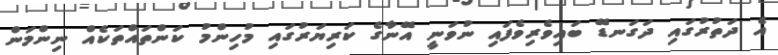
އެ ދަތުރުގައި ދަގަނޑޭ ބައިވެރިވެފައި ނުވަނީ އޭނާގެ ކަރިޔަރުގައި މުހިންމު ކަންތައްތަކެއް ނިންމަން